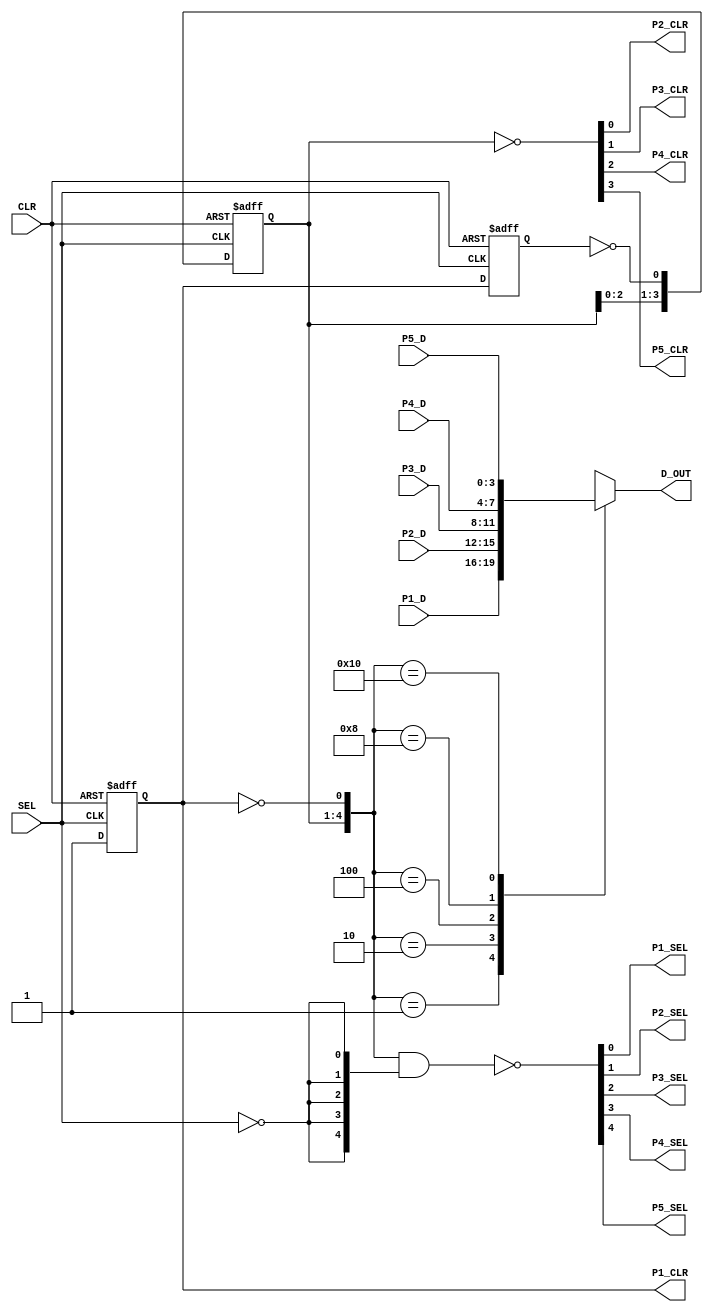
// NEC uPD65005-195 PC-Engine multitap
// Based on silicon
// 2023 Sean Gonsalves

module uPD65005_195(
	input CLR, SEL,
	output reg [3:0] D_OUT,
	input [3:0] P1_D,
	output P1_CLR, P1_SEL,
	input [3:0] P2_D,
	output P2_CLR, P2_SEL,
	input [3:0] P3_D,
	output P3_CLR, P3_SEL,
	input [3:0] P4_D,
	output P4_CLR, P4_SEL,
	input [3:0] P5_D,
	output P5_CLR, P5_SEL
);

reg E3_Q;
always @(posedge SEL or posedge CLR) begin
	if (CLR)
		E3_Q <= 1'b0;
	else
		E3_Q <= 1'b1;
end

reg F7_Q;
always @(negedge SEL or posedge CLR) begin
	if (CLR)
		F7_Q <= 1'b0;
	else
		F7_Q <= E3_Q;
end

reg [3:0] E11_Q;
always @(posedge SEL or posedge CLR) begin
	if (CLR) begin
		E11_Q <= 4'b0000;
	end else begin
		E11_Q <= {E11_Q[2:0], ~F7_Q};
	end
end

assign {P5_CLR, P4_CLR, P3_CLR, P2_CLR, P1_CLR} = {~E11_Q, E3_Q};

assign {P5_SEL, P4_SEL, P3_SEL, P2_SEL, P1_SEL} = ~({E11_Q, ~E3_Q} & {5{~SEL}});

always @(*) begin
	case({E11_Q, ~E3_Q})
    	5'b00001: D_OUT <= P1_D;
    	5'b00010: D_OUT <= P2_D;
    	5'b00100: D_OUT <= P3_D;
    	5'b01000: D_OUT <= P4_D;
    	5'b10000: D_OUT <= P5_D;
    	default: D_OUT <= 5'bx;		// Should never happen
	endcase
end

endmodule